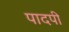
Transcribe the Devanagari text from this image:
पादपी